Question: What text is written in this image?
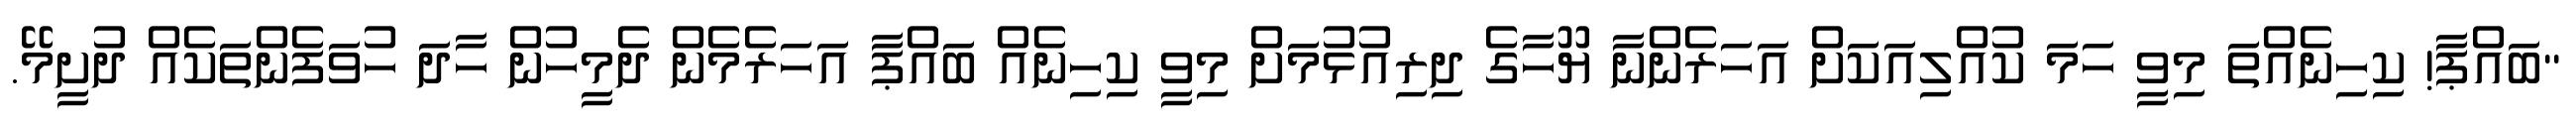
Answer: "ބައްޕާ! ކިހިނެއްތަ މިވީ ހަމަ ކުއްލިއަކަށް އަހަރެންނާ ޔޫހާގެ ދިރިއުޅުމަށް މިވީ ކިހިނެއް ބައްޕާ އަހަރެމެން ދެމީހުން ހާދަ ހުވަފެންތަކެއް ދުށީމޭ.